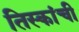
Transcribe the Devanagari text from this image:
तिस्कांची